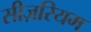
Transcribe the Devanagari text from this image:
सीज़रियम